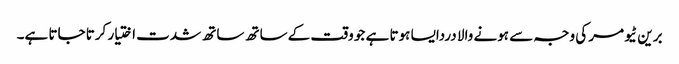
برین ٹیومر کی وجہ سے ہونے والا دردایسا ہوتا ہے جو وقت کے ساتھ ساتھ شدت اختیار کرتا جاتا ہے۔